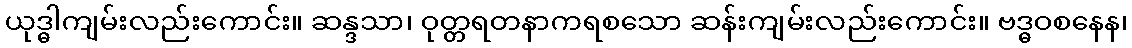
ယုဒ္ဓါကျမ်းလည်းကောင်း။ ဆန္ဒသာ၊ ဝုတ္တရတနာကရစသော ဆန်းကျမ်းလည်းကောင်း။ ဗဒ္ဓဝစနေန၊